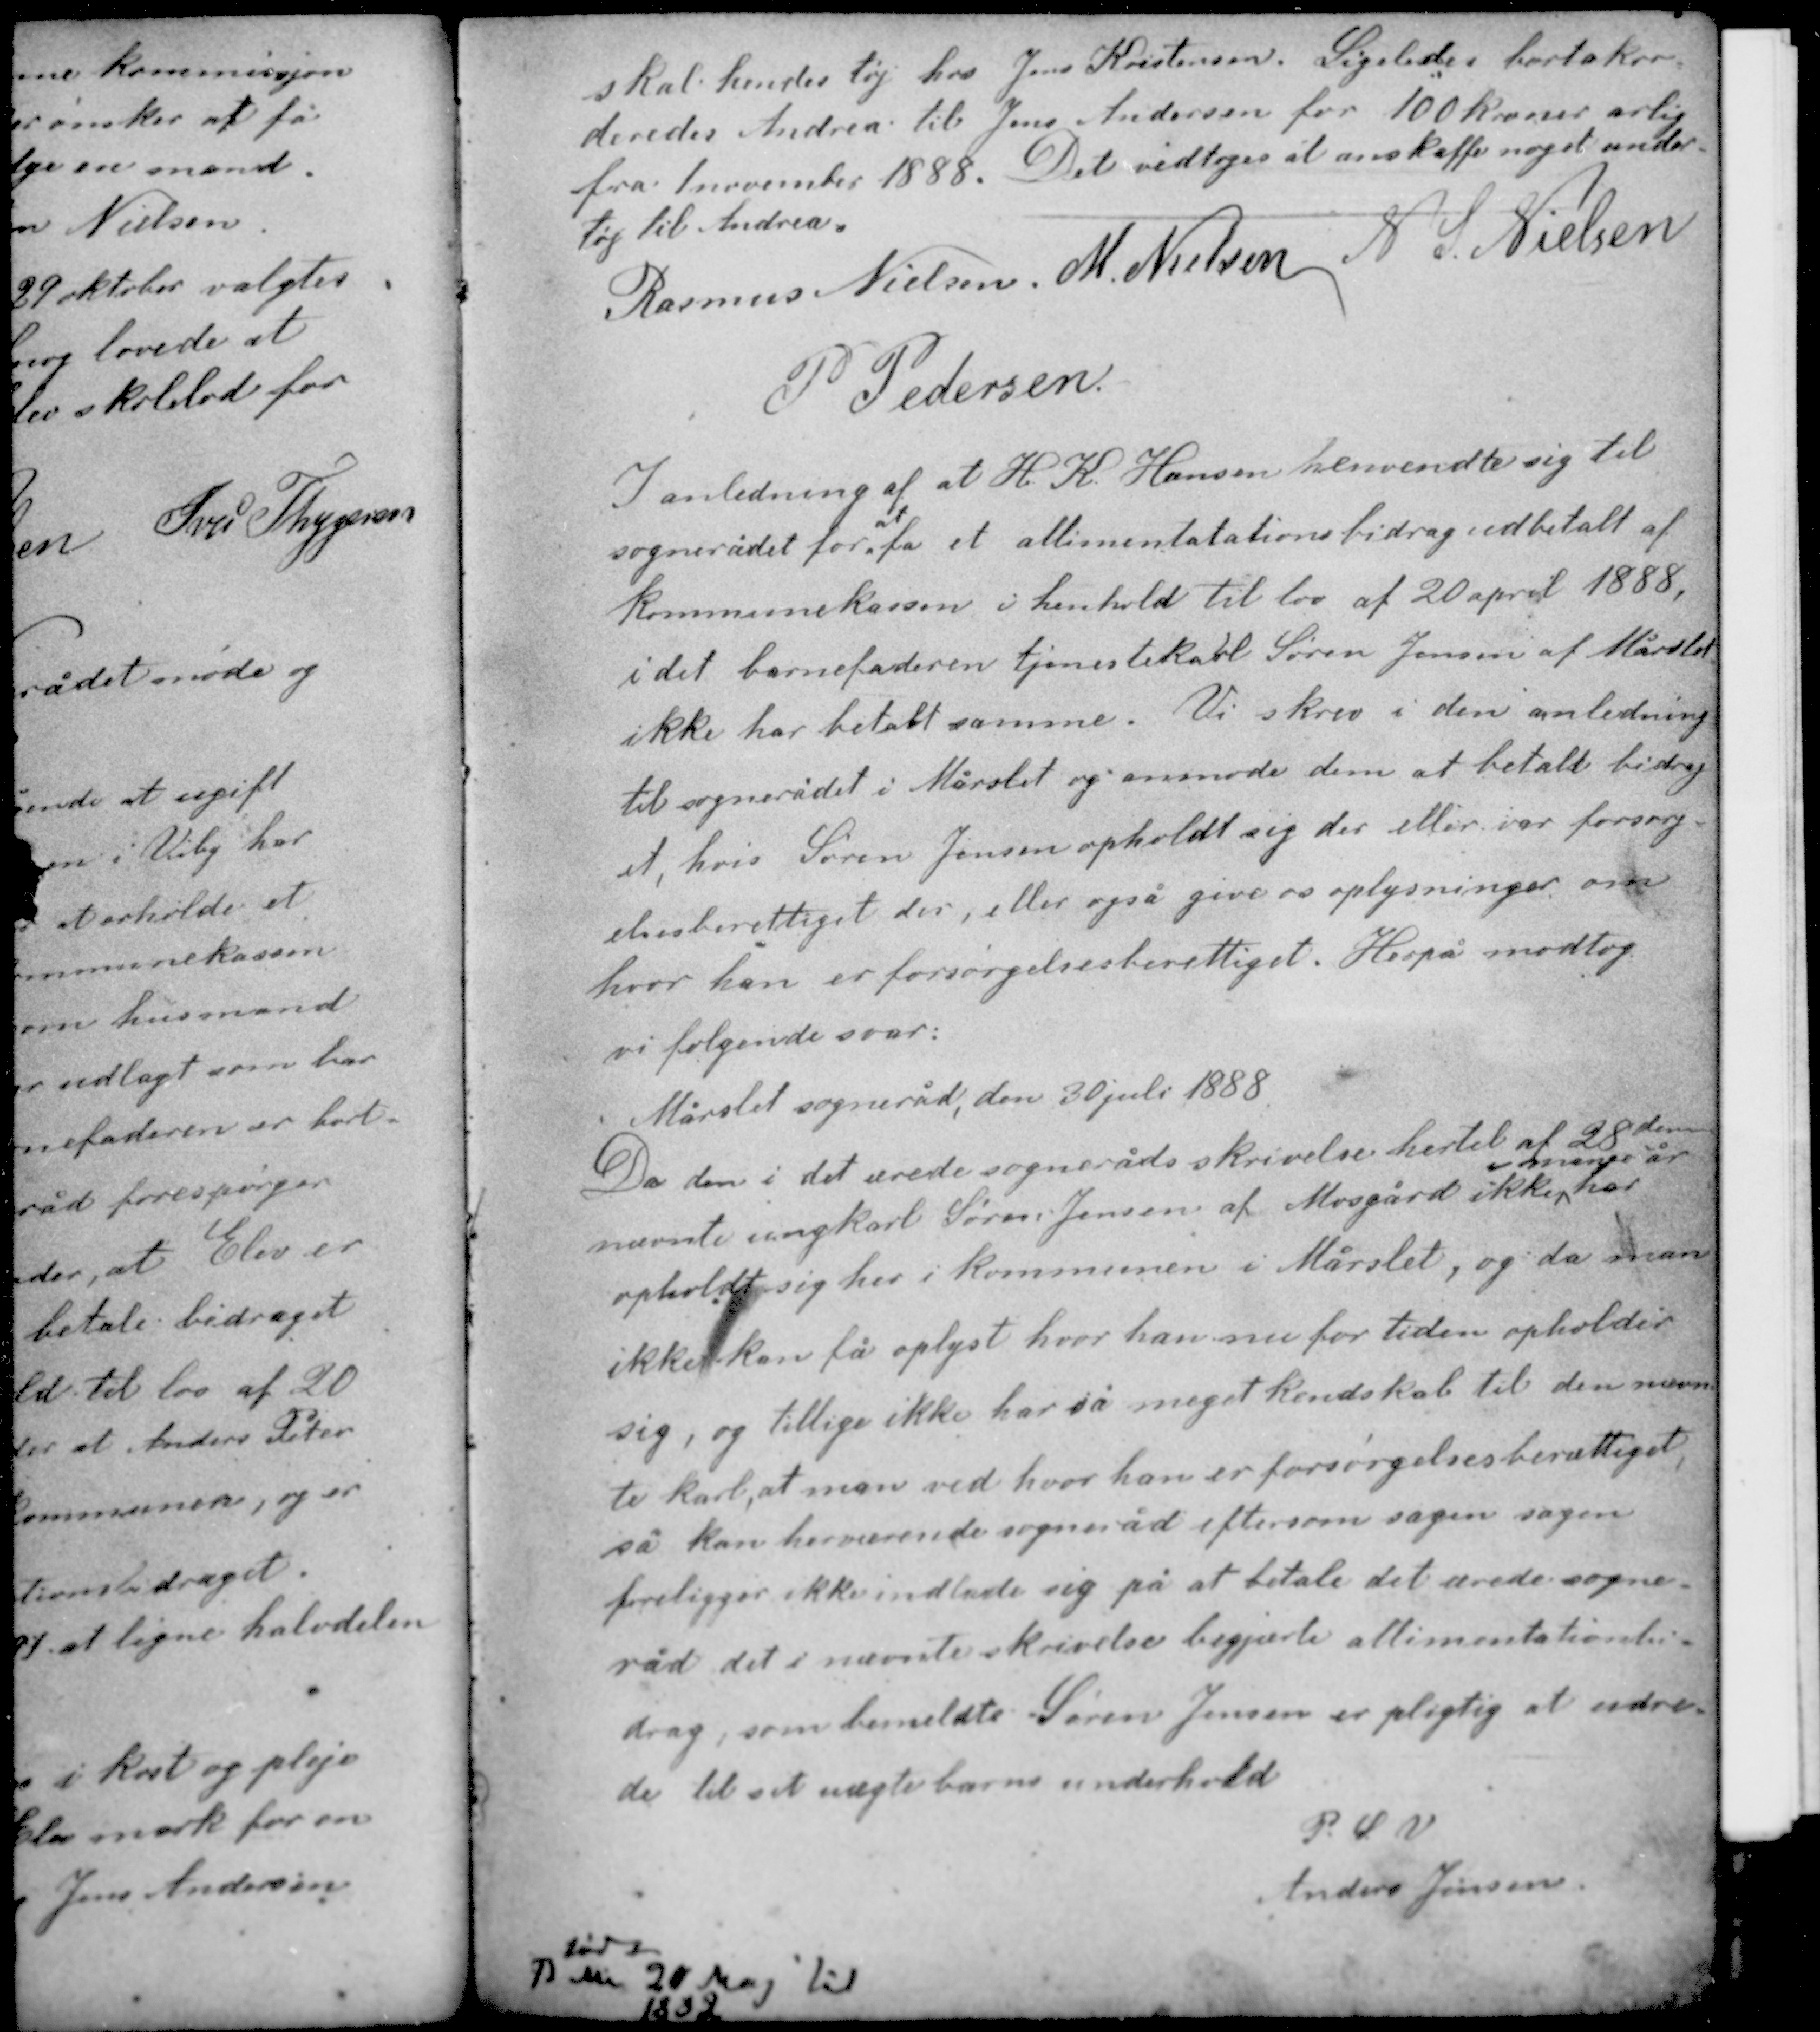
Transskription:
skal hendes tøj hos Jens Kristensen. Ligeledes bortakor-
deredes Andrea til Jens Andersen for 100 kroner årlig
fra 1 november 1888. Det vedtoges at anskaffe noget under-
tøj til Andrea.

Rasmus Nielsen M. Nielsen N. S. Nielsen
P. Pedersen

I anledning af at H. K. Hansen henvendte sig til
at
sognerådet for få et allimentationsbidrag udbetalt af
kommunekassen i henhold til lov af 20 april 1888,
i det barnefaderen tjenestekarl Søren Jensen af Mårslet
ikke har betalt samme. Vi skrev i den anledning
til sognerådet i Mårslet og anmode dem at betale bidrag-
et, hvis Søren Jensen opholdt sig der eller var forsørg-
elsesberettiget der, eller også give os oplysninger om
hvor han er forsørgelsesberettiget. Herpå modtog
vi følgende svar:

Mårslet sogneråd, den 30 juli 1888
Da den i det ærede sogneråds skrivelse hertil af 28 den
i mange år
nævnte ungkarl Søren Jensen af Mosgård ikke har
opholdt sig her i kommunen i Mårslet, og da man
ikke kan få oplyst hvor han nu for tiden opholder
sig, og tillige ikke har så meget kendskab til den nævn-
te karl, at man ved hvor han er forsørgelsesberettiget,
så kan herværende sogneråd eftersom sagen sagen
foreligger ikke indlade sig på at betale det ærede sogne-
råd det i nævnte skrivelse begjærte allimentationsbi-

drag som bemeldte Søren Jensen er pligtig at udre-
de til sit uægte barns underhold.
P. S. V.
Anders Jensen